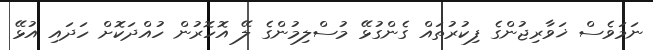
ނަމަވެސް ޚަވާރިޖުންގެ ފިކުރުތައް ގެންގުޅޭ މުސްލިމުންގެ ލޭ އޮހޮރުން ހުއްދަކޮށް ހަދައި އުޅޭ